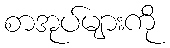
စာအုပ်များကို